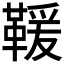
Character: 𩋫